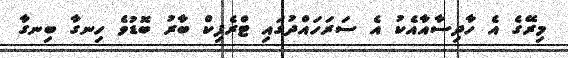
މިރޭގެ އެ ހާދިސާއާއެކު އެ ސަރަހައްދުގައި ޓްރެފިކް ބާރު ބޮޑުވެ ހިނގާ ބިނގާ